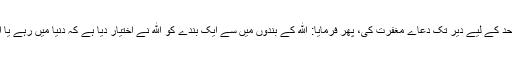
نماز پڑھا کر منبر پر تشریف فرما ہوئے، پہلے اصحاب احد کے لیے دیر تک دعاے مغفرت کی، پھر فرمایا: ﷲ کے بندوں میں سے ایک بندے کو ﷲ نے اختیار دیا ہے کہ دنیا میں رہے یا اس کے پاس آجائے تو اس نے ﷲکا قرب پسند کر لیا ہے۔